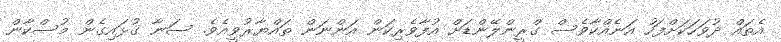
އެތައް ދުވަހަކަށްފަހު އަނެއްކާވެސް ގްރީންލޭންޑަށް އުފާވެރިކަން އަންނަން ތައްޔާރުވީއެވެ. ސަނާ ގުޅައިގެން މުސްކާން